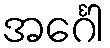
အင်္ဂေါ